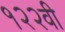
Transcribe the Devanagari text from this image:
१२२वी